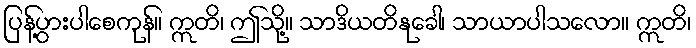
ပြန့်ပွားပါစေကုန်။ ဣတိ၊ ဤသို့။ သာဒိယတိနုခေါ၊ သာယာပါသလော။ ဣတိ၊